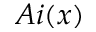
A i ( x )